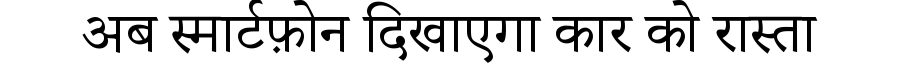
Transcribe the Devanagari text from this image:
अब स्मार्टफ़ोन दिखाएगा कार को रास्ता